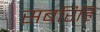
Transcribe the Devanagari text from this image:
सबरिहि